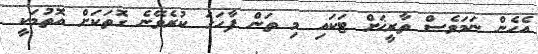
އެހެން ނަމަވެސް ތާރީޚަށް ޓަކައި މި ތަން ފާހަގަ ކުރެވޭނެ ގޮތަކަށް އޮތުމަކީ